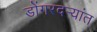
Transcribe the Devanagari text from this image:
डोंगरदर्‍यांत